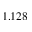
1 . 1 2 8